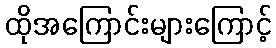
ထိုအကြောင်းများကြောင့်